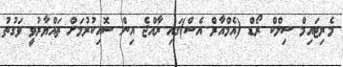
މެރިޓައިމް ސިލްކް ރޯޑް (އެމްއާރް އެސް)ގައި ރާއްޖެ އިން ސޮއިކުރުމަށް ތައްޔާރުވީ ވަގުތު